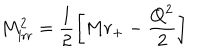
M _ { \mathrm { i r r } } ^ { 2 } = \frac { 1 } { 2 } \left[ M r _ { + } - \frac { Q ^ { 2 } } { 2 } \right]